Reports on dispensaries and lunatic asylums in the Province of Oudh - 1869-1876
Year: 1869
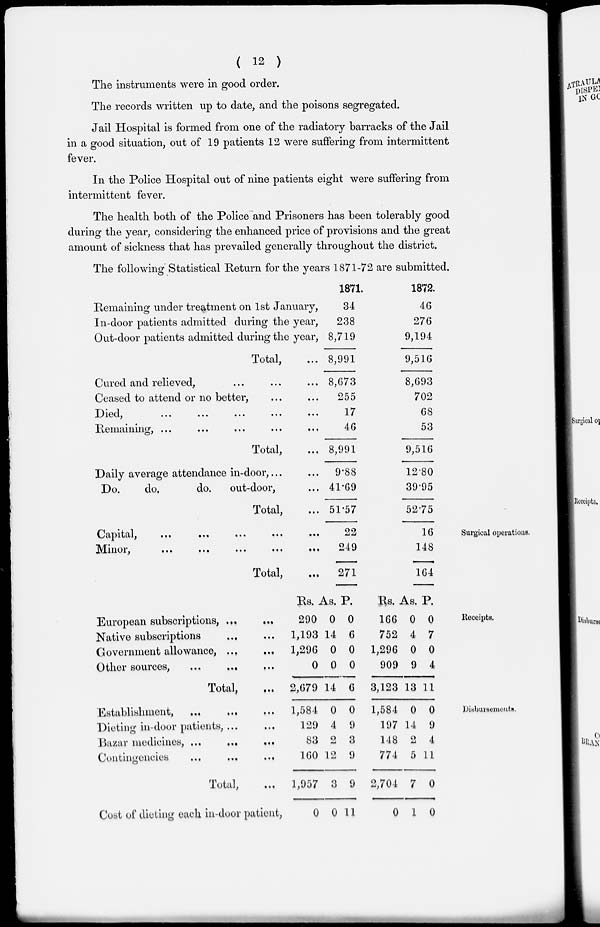
( 12 )
The instruments were in good order.
The records written up to date, and the poisons segregated.
Jail Hospital is formed from one of the radiatory barracks of the Jail
in a good situation, out of 19 patients 12 were suffering from intermittent
fever.
In the Police Hospital out of nine patients eight were suffering from
intermittent fever.
The health both of the Police and Prisoners has been tolerably good
during the year, considering the enhanced price of provisions and the great
amount of sickness that has prevailed generally throughout the district.
The following Statistical Return for the years 1871-72 are submitted.
Remaining under treatment on 1st January,
In-door patients admitted during the year,
Out-door patients admitted during the year,
Total, ...
Cured and relieved, ... ... ...
Ceased to attend or no better, ... ...
Died, ... ... ... ... ...
Remaining, ... ... ... ... ...
Total, ...
Daily average attendance in-door, ... ...
Do.
do,
do.
out-door, ...
Total, ...
1871.
34
238
8,719
8,991
8,673
255
17
46
8,991
9.88
41.69
51.57
1872.
46
276
9,194
9,516
8,693
702
68
53
9,516
12.80
39.95
52.75
Surgical operations.
Capital,
...
...
...
...
...
Minor, ... ... ... ... ...
Total, ...
22
249
271
16
148
164
Receipts.
European subscriptions, ... ...
Native subscriptions ... ...
Government allowance, ... ...
Other sources,
...
...
...
Total, ...
Rs.
290
1,193
1,296
0
2,679
As.
0
14
0
0
14
P.
0
6
0
0
6
Rs.
166
752
1,290
909
3,123
As.
0
4
0
9
13
P.
0
7
0
4
11
Disbursements.
Establishment, ... ... ...
Dieting in-door patients, ... ...
Bazar medicines, ...
... ...
Contingencies
...
...
...
Total, ...
Cost of dieting each in-door patient,
1,584
129
83
160
1,957
0
0
4
2
12
3
0
0
9
3
9
9
11
1,584
197
148
774
2,704
0
0
14
2
5
7
1
0
9
4
11
0
0